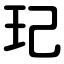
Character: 玘